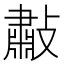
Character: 㪩